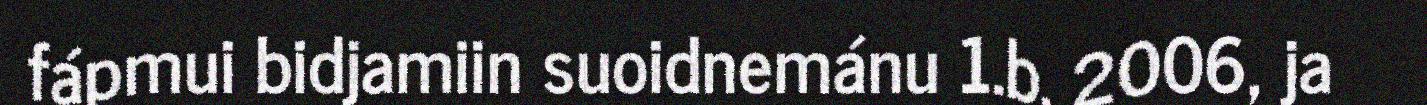
fápmui bidjamiin suoidnemánu 1.b. 2006, ja